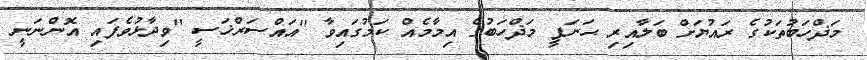
މަޛްހަބުތަކުގެ ރައުޔަށް ބަލާއިރި ޙަނަފީ މަޛްހަބުގެ އިމާމެއް ކަމުގައިވާ ''އައްސަރްޚަސީ ''ވިދާޅުވެފައި އޮންނަނީ